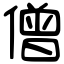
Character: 僧